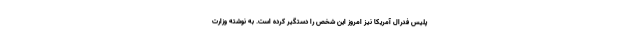
پلیس فدرال آمریکا نیز امروز این شخص را دستگیر کرده است. به نوشته وزارت